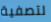
لتصفية